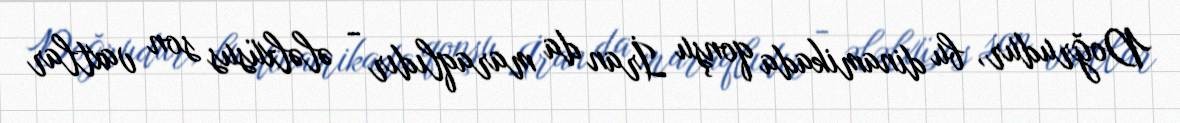
Doğrudur, bu dinamikada qonşu İran da maraqlıdır - ələlxüsus son vaxtlar